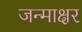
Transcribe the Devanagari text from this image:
जन्माक्षर